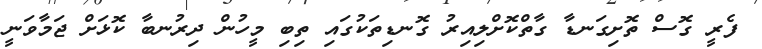
ފެރީ ގޮސް ތޮށިގަނޑާ ގާތްކޮށްލިއިރު ގޮނޑިތަކުގައި ތިބި މީހުން ދިރުނބާ ކޮޅަށް ޖަމާވަނީ